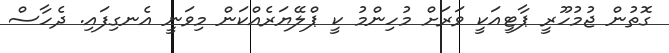
ގޮތުން ޖުމުހޫރީ ޕާޓީއަކީ ވަރަށް މުހިންމު ކީ ޕްލޭޔަރެއްކަން މިވަނީ އެނގިފައި. ދެހާސް